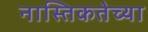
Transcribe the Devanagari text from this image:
नास्तिकतेच्या